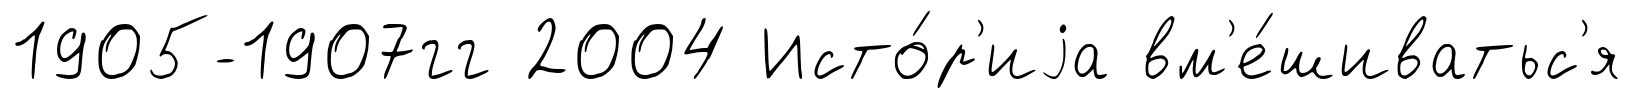
1905-1907гг 2004 Исто́р'иjа вм'е́шиватьс'я